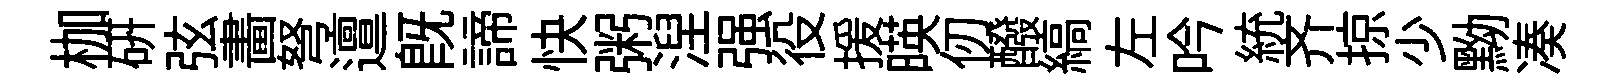
枷研弦畵弩邅既諦快粥湼强役援暎仞醱縞左吟統齐掠少黝凑